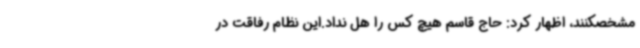
مشخصکنند، اظهار کرد: حاج قاسم هیچ کس را هل نداد.این نظام رفاقت در